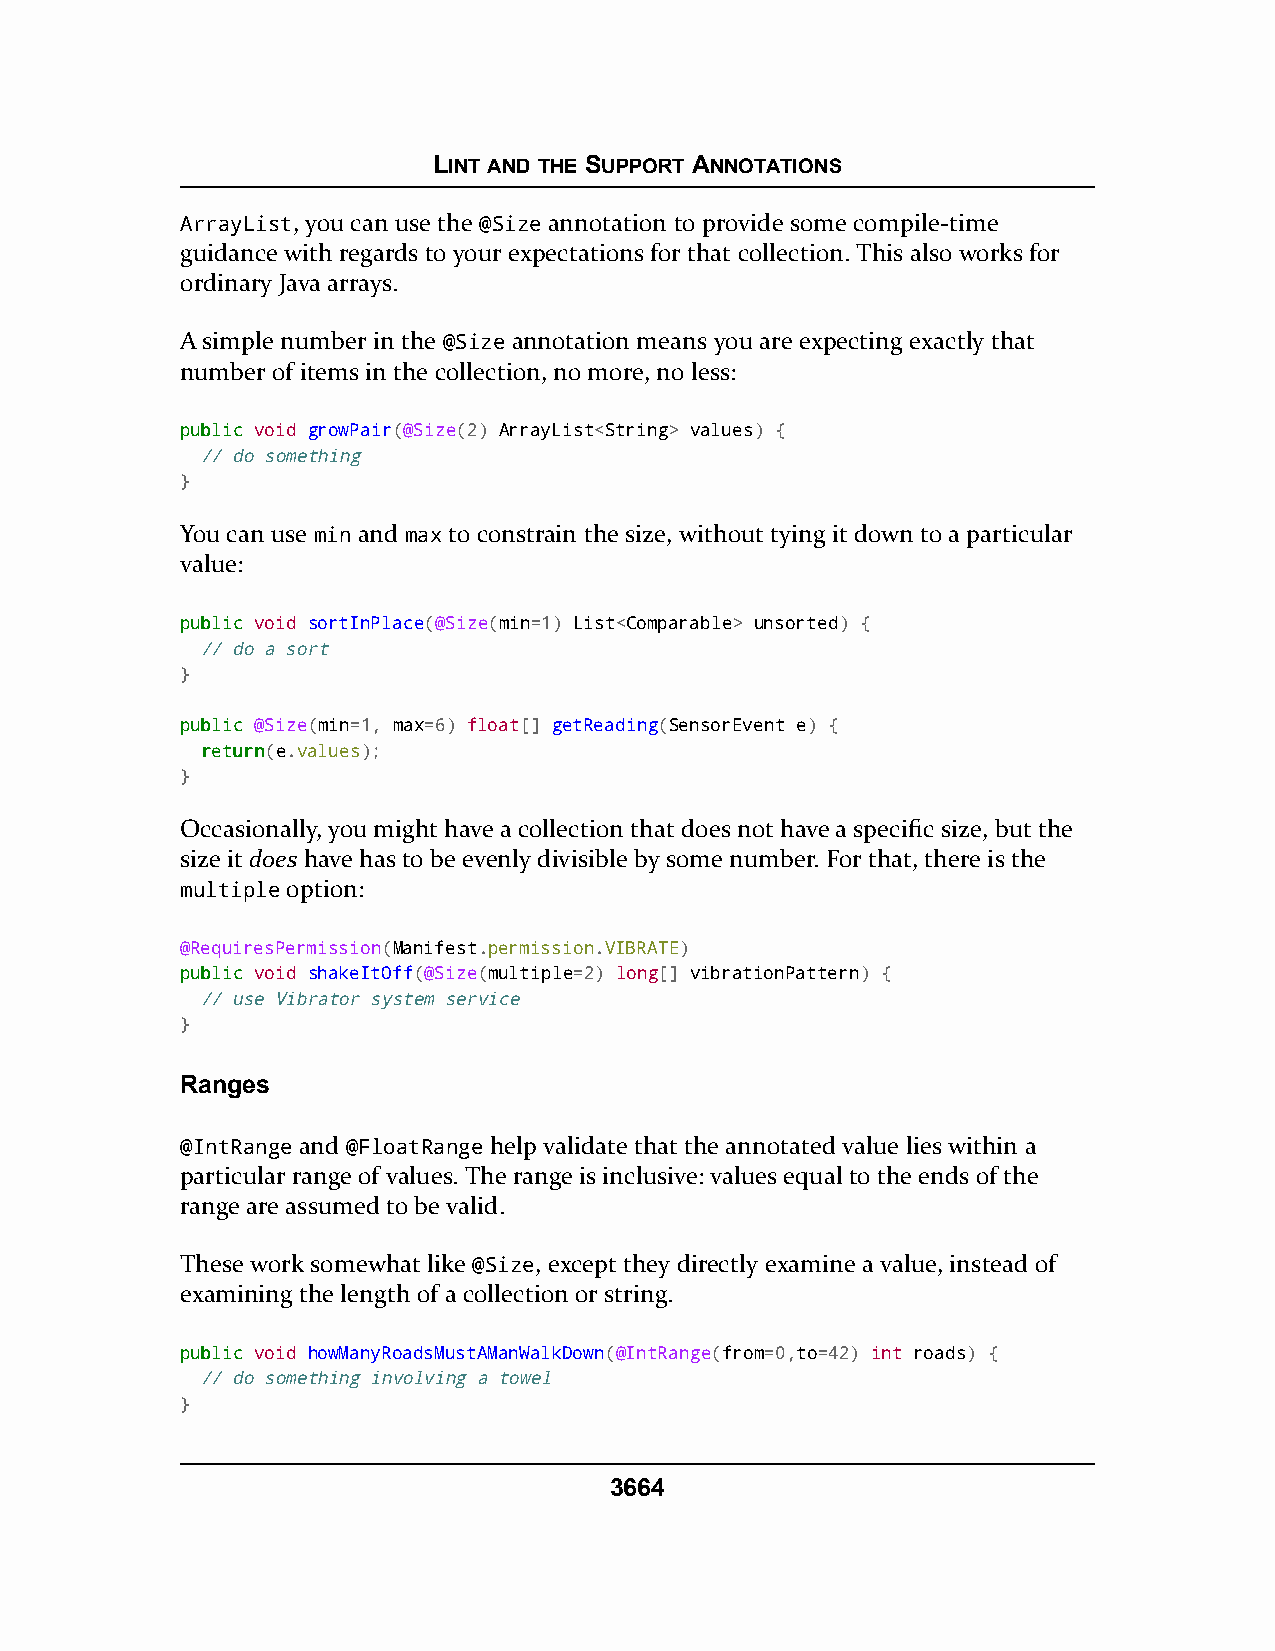
LINT AND THE SUPPORT ANNOTATIONS
 ArrayList, you can use the @Size annotation to provide some compile-time
 guidance with regards to your expectations for that collection. This also works for
 ordinary Java arrays.
 A simple number in the @Size annotation means you are expecting exactly that
 number of items in the collection, no more, no less:
 ppuubblliicc void growPair(@Size(2) ArrayList<String> values) {
 // do something
 }
 You can use min and max to constrain the size, without tying it down to a particular
 value:
 ppuubblliicc void sortInPlace(@Size(min=1) List<Comparable> unsorted) {
 // do a sort
 }
 ppuubblliicc @Size(min=1, max=6) float[] getReading(SensorEvent e) {
 rreettuurrnn(e.values);
 }
 Occasionally, you might have a collection that does not have a specific size, but the
 size it does have has to be evenly divisible by some number. For that, there is the
 multiple option:
 @RequiresPermission(Manifest.permission.VIBRATE)
 ppuubblliicc void shakeItOff(@Size(multiple=2) long[] vibrationPattern) {
 // use Vibrator system service
 }
 Ranges
 @IntRange and @FloatRange help validate that the annotated value lies within a
 particular range of values. The range is inclusive: values equal to the ends of the
 range are assumed to be valid.
 These work somewhat like @Size, except they directly examine a value, instead of
 examining the length of a collection or string.
 ppuubblliicc void howManyRoadsMustAManWalkDown(@IntRange(from=0,to=42) int roads) {
 // do something involving a towel
 }
 3664